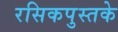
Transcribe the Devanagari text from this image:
रसिकपुस्तके